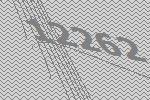
12262